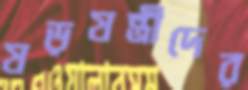
ষড়যন্ত্রীদের